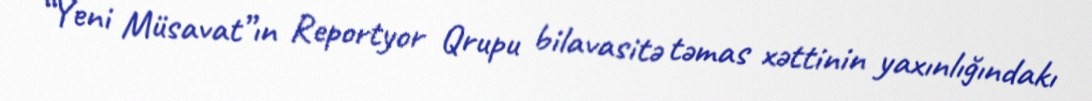
“Yeni Müsavat”ın Reportyor Qrupu bilavasitə təmas xəttinin yaxınlığındakı